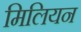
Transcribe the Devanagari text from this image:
मिलियन